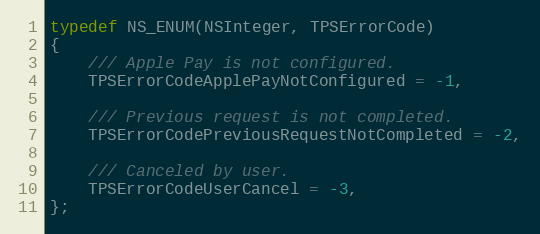
Language: C
typedef NS_ENUM(NSInteger, TPSErrorCode)
{
    /// Apple Pay is not configured.
    TPSErrorCodeApplePayNotConfigured = -1,

    /// Previous request is not completed.
    TPSErrorCodePreviousRequestNotCompleted = -2,

    /// Canceled by user.
    TPSErrorCodeUserCancel = -3,
};